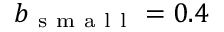
b _ { \mathrm { ~ s ~ m ~ a ~ l ~ l ~ } } = 0 . 4